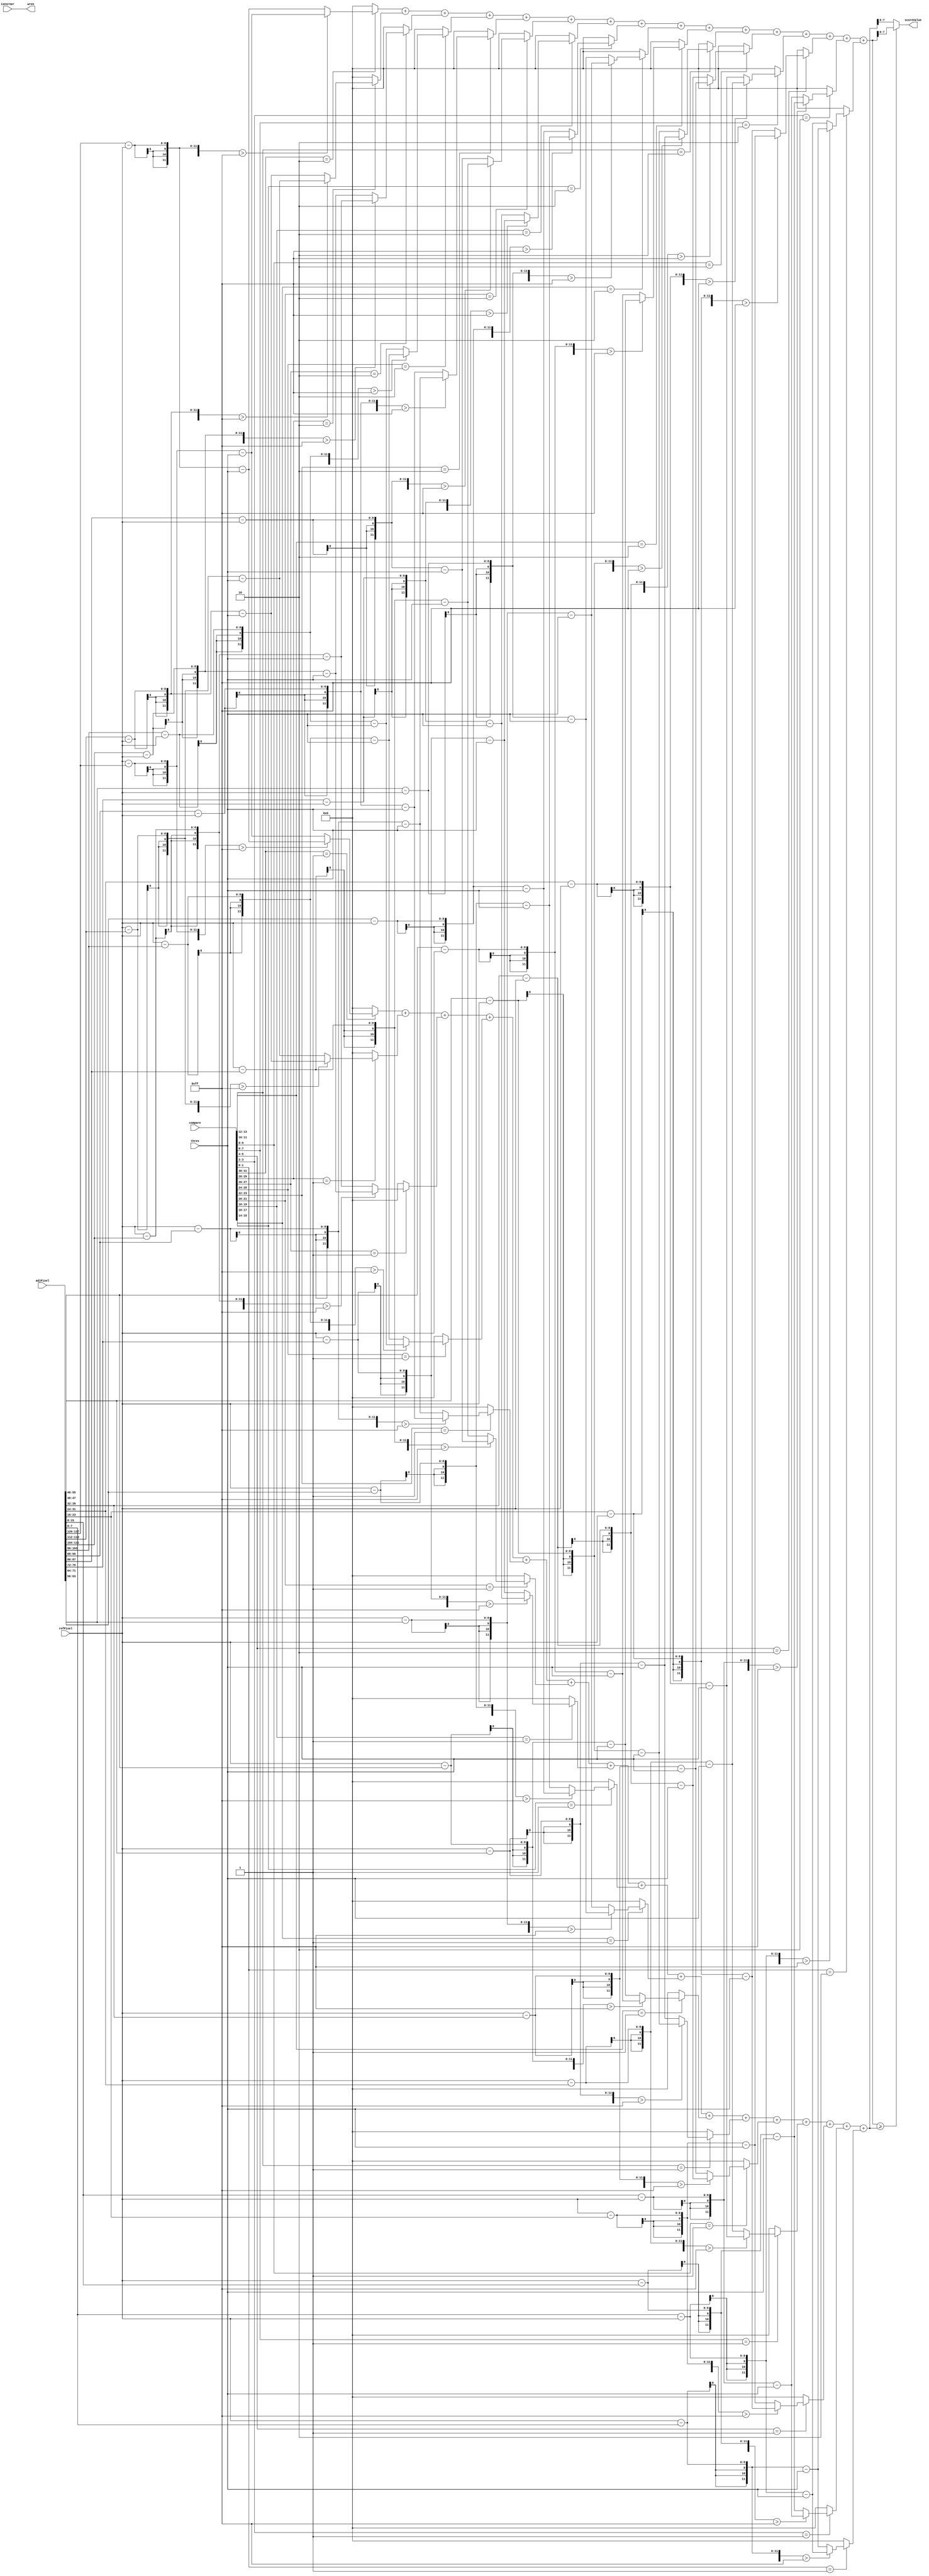
// This program was cloned from: https://github.com/ISKU/Autonomous-Drone-Design
// License: GNU General Public License v3.0

`define SIMILAR 2'b00
`define DARK 2'b01
`define BRIGHT 2'b10

module FS_Datapath (isCorner, compare, refPixel, adjPixel, thres, wren, scoreValue);
	input isCorner; //  
	input [31:0] compare; // DARK, BRIGHT, SIMILAR 
	input [7:0] refPixel; //  
	input [127:0] adjPixel; //  16  
	input [7:0] thres; // 
	output wren; //  
	output [7:0] scoreValue; //   
	
	wire [11:0] sBright; // Bright Set 
	wire [11:0] sDark; // Dark Set 

	// Calculate dark set
	assign sDark =
		((compare[31:30] == `DARK) ? 
			(((refPixel - adjPixel[127:120]) > 255) ? 
				(adjPixel[127:120] - refPixel - thres) : (refPixel - adjPixel[127:120] - thres)) : 12'b0) +
		((compare[29:28] == `DARK) ? 
			(((refPixel - adjPixel[119:112]) > 255) ? 
				(adjPixel[119:112] - refPixel - thres) : (refPixel - adjPixel[119:112] - thres)) : 12'b0) +
		((compare[27:26] == `DARK) ? 
			(((refPixel - adjPixel[111:104]) > 255) ? 
				(adjPixel[111:104] - refPixel - thres) : (refPixel - adjPixel[111:104] - thres)) : 12'b0) +
		((compare[25:24] == `DARK) ? 
			(((refPixel - adjPixel[103:96]) > 255) ? 
				(adjPixel[103:96] - refPixel - thres) : (refPixel - adjPixel[103:96] - thres)) : 12'b0) +
		((compare[23:22] == `DARK) ? 
			(((refPixel - adjPixel[95:88]) > 255) ? 
				(adjPixel[95:88] - refPixel - thres) : (refPixel - adjPixel[95:88] - thres)) : 12'b0) +
		((compare[21:20] == `DARK) ? 
			(((refPixel - adjPixel[87:80]) > 255) ? 
				(adjPixel[87:80] - refPixel - thres) : (refPixel - adjPixel[87:80] - thres)) : 12'b0) +
		((compare[19:18] == `DARK) ? 
			(((refPixel - adjPixel[79:72]) > 255) ? 
				(adjPixel[79:72] - refPixel - thres) : (refPixel - adjPixel[79:72] - thres)) : 12'b0) +
		((compare[17:16] == `DARK) ? 
			(((refPixel - adjPixel[71:64]) > 255) ? 
				(adjPixel[71:64] - refPixel - thres) : (refPixel - adjPixel[71:64] - thres)) : 12'b0) +
		((compare[15:14] == `DARK) ? 
			(((refPixel - adjPixel[63:56]) > 255) ? 
				(adjPixel[63:56] - refPixel - thres) : (refPixel - adjPixel[63:56] - thres)) : 12'b0) +
		((compare[13:12] == `DARK) ? 
			(((refPixel - adjPixel[55:48]) > 255) ? 
				(adjPixel[55:48] - refPixel - thres) : (refPixel - adjPixel[55:48] - thres)) : 12'b0) +
		((compare[11:10] == `DARK) ? 
			(((refPixel - adjPixel[47:40]) > 255) ? 
				(adjPixel[47:40] - refPixel - thres) : (refPixel - adjPixel[47:40] - thres)) : 12'b0) +
		((compare[9:8] == `DARK) ? 
			(((refPixel - adjPixel[39:32]) > 255) ? 
				(adjPixel[39:32] - refPixel - thres) : (refPixel - adjPixel[39:32] - thres)) : 12'b0) +
		((compare[7:6] == `DARK) ?
			(((refPixel - adjPixel[31:24]) > 255) ? 
				(adjPixel[31:24] - refPixel - thres) : (refPixel - adjPixel[31:24] - thres)) : 12'b0) +
		((compare[5:4] == `DARK) ? 
			(((refPixel - adjPixel[23:16]) > 255) ? 
				(adjPixel[23:16] - refPixel - thres) : (refPixel - adjPixel[23:16] - thres)) : 12'b0) +
		((compare[3:2] == `DARK) ? 
			(((refPixel - adjPixel[15:8]) > 255) ? 
				(adjPixel[15:8] - refPixel - thres) : (refPixel - adjPixel[15:8] - thres)) : 12'b0) +
		((compare[1:0] == `DARK) ? 
			(((refPixel - adjPixel[7:0]) > 255) ? 
				(adjPixel[7:0] - refPixel - thres) : (refPixel - adjPixel[7:0] - thres)) : 12'b0);				
		
	// Calculate bright set
	assign sBright =
		((compare[31:30] == `BRIGHT) ? 
			(((adjPixel[127:120] - refPixel) > 255) ? 
				(refPixel - adjPixel[127:120] - thres) : (adjPixel[127:120] - refPixel - thres)) : 12'b0) +
		((compare[29:28] == `BRIGHT) ? 
			(((adjPixel[119:112] - refPixel) > 255) ? 
				(refPixel - adjPixel[119:112] - thres) : (adjPixel[119:112] - refPixel - thres)) : 12'b0) +
		((compare[27:26] == `BRIGHT) ? 
			(((adjPixel[111:104] - refPixel) > 255) ? 
				(refPixel - adjPixel[111:104] - thres) : (adjPixel[111:104] - refPixel - thres)) : 12'b0) +
		((compare[25:24] == `BRIGHT) ? 
			(((adjPixel[103:96] - refPixel) > 255) ? 
				(refPixel - adjPixel[103:96] - thres) : (adjPixel[103:96] - refPixel - thres)) : 12'b0) +
		((compare[23:22] == `BRIGHT) ? 
			(((adjPixel[95:88] - refPixel) > 255) ? 
				(refPixel - adjPixel[95:88] - thres) : (adjPixel[95:88] - refPixel - thres)) : 12'b0) +
		((compare[21:20] == `BRIGHT) ? 
			(((adjPixel[87:80] - refPixel) > 255) ? 
				(refPixel - adjPixel[87:80] - thres) : (adjPixel[87:80] - refPixel - thres)) : 12'b0) +
		((compare[19:18] == `BRIGHT) ? 
			(((adjPixel[79:72] - refPixel) > 255) ? 
				(refPixel - adjPixel[79:72] - thres) : (adjPixel[79:72] - refPixel - thres)) : 12'b0) +
		((compare[17:16] == `BRIGHT) ? 
			(((adjPixel[71:64] - refPixel) > 255) ? 
				(refPixel - adjPixel[71:64] - thres) : (adjPixel[71:64] - refPixel - thres)) : 12'b0) +
		((compare[15:14] == `BRIGHT) ? 
			(((adjPixel[63:56] - refPixel) > 255) ? 
				(refPixel - adjPixel[63:56] - thres) : (adjPixel[63:56] - refPixel - thres)) : 12'b0) +
		((compare[13:12] == `BRIGHT) ? 
			(((adjPixel[55:48] - refPixel) > 255) ? 
				(refPixel - adjPixel[55:48] - thres) : (adjPixel[55:48] - refPixel - thres)) : 12'b0) + 
		((compare[11:10] == `BRIGHT) ? 
			(((adjPixel[47:40] - refPixel) > 255) ? 
				(refPixel - adjPixel[47:40] - thres) : (adjPixel[47:40] - refPixel - thres)) : 12'b0) +
		((compare[9:8] == `BRIGHT) ? 
			(((adjPixel[39:32] - refPixel) > 255) ? 
				(refPixel - adjPixel[39:32] - thres) : (adjPixel[39:32] - refPixel - thres)) : 12'b0) +
		((compare[7:6] == `BRIGHT) ? 
			(((adjPixel[31:24] - refPixel) > 255) ? 
				(refPixel - adjPixel[31:24] - thres) : (adjPixel[31:24] - refPixel - thres)) : 12'b0) +
		((compare[5:4] == `BRIGHT) ? 
			(((adjPixel[23:16] - refPixel) > 255) ? 
				(refPixel - adjPixel[23:16] - thres) : (adjPixel[23:16] - refPixel - thres)) : 12'b0) +
		((compare[3:2] == `BRIGHT) ? 
			(((adjPixel[15:8] - refPixel) > 255) ? 
				(refPixel - adjPixel[15:8] - thres) : (adjPixel[15:8] - refPixel - thres)) : 12'b0) +
		((compare[1:0] == `BRIGHT) ? 
			(((adjPixel[7:0] - refPixel) > 255) ? 
				(refPixel - adjPixel[7:0] - thres) : (adjPixel[7:0] - refPixel - thres)) : 12'b0);

	assign scoreValue = (sBright >= sDark) ? sBright : sDark; // Dark, Bright Set      
	assign wren = isCorner; //    SRAM     .
endmodule